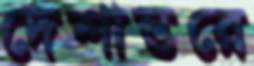
দেশান্তরে